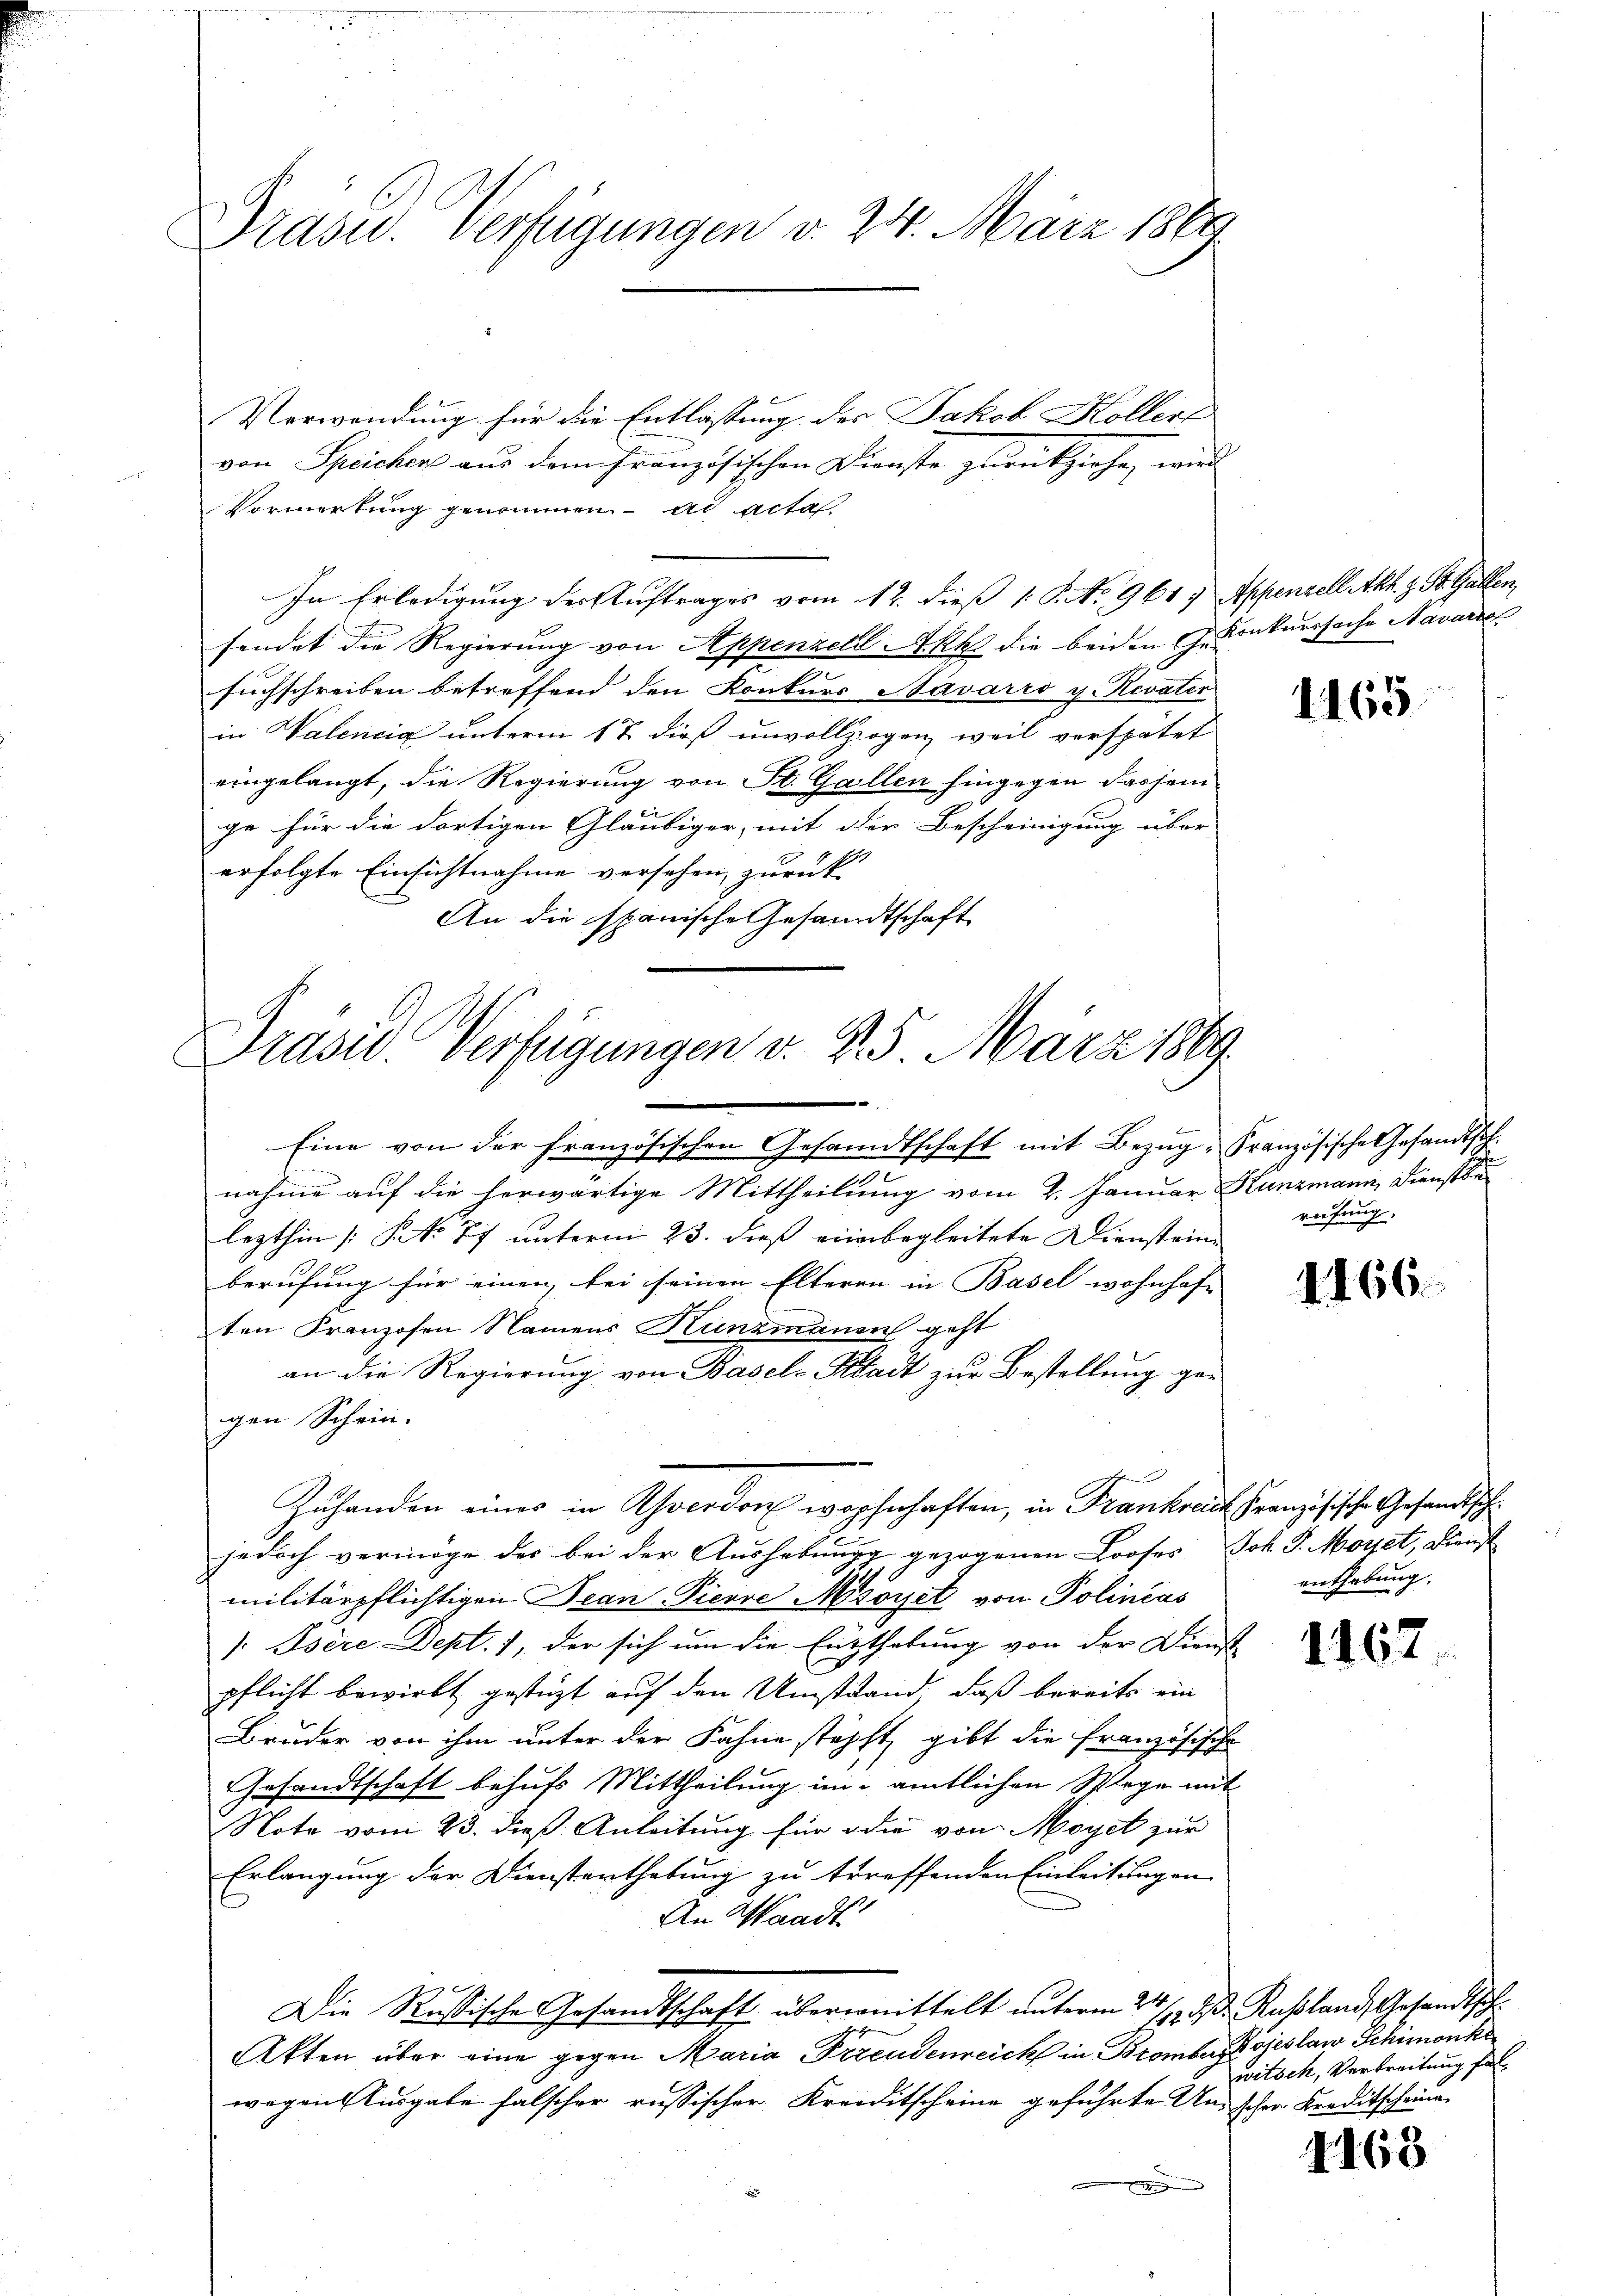
Verwendung für die Entlassung des Jakob Kollers
von Speicher aus dem französischen Dienste zurückziehe, wird
Vormerkung genommen ad acta
In Erledigung der Auftrages vom 12. dieß 1 S. No. 961. Appenzell Akh. z. St. Gallen,
sendet die Regierung von Appenzell Akk die beiden G. Konkurssache Navaria
suchschreiben betreffend den Konkurs Bavarro g. Revater
in Valencia unterm 17. dieß unvollzogen, weil verspätet
eingelangt; die Regierung von St. Gallen hingegen dasjeni
ge für die dortigen Gläubiger, mit der Bescheinigung über
erfolgte Einsichtnahme versehen, zurück
An die spanische Gesandtschaft

Präsid. Verfügungen v. 24. März 1860

Präsid. Verfügungen v. 2. 5. März 1869.
.

Eine von der französischen Gesandtschaft mit Bezug, Französische Gesandtsch.
n
.
nahme auf die herwärtige Mittheilung vom 2. Januar Kunzmann, Dienste
lezthin [No 77 unterm 23. dieß einbegleitete Diensteine
berufung für einen bei seinen Elteren in Basel wohnhofe
ten Franzosen Namens Kunzmann geht
an die Regierung von Basel-Stadt zur Bestellung gan
gen Schein.
Zuhanden einer in Theodor wohnhaften, in Frankreich französische Gesandtsch
jedoch vermöge der bei der Aushebung gezogenen Looses Joh. J. Moret, Dienst
militärpflichtigen Bean Pierre Moret von Polineas
 Psère Dept. 1, der sich um die Enthebung von der Dienst
pflicht bewirkt gestüzt auf den Umstand, daß bereits ein
Bruder von ihm unter der Fahne stöpft, gibt die französische
Gesandtschaft behufs Mittheilung im amtlichen Splage mit
Note vom 23. dieß Anleitung für die von Moyet zur
Erlangung der Dienstenthebung zu treffenden Einleitungen
An Waadt:
Die Rußische Gesandtschaft überweittelt unterm 24. d. Rußland, Gesandtsch
Akten über eine gegen Maria Petendenreich in Bromber, Bojeslaw Schimonike
wegen Ausgabe falscher russischer Kreditscheine geführte Unscher Kreditscheine

1165

rufung.

1166

enthebung.

1167

witsch, Verbreitung fol

4168